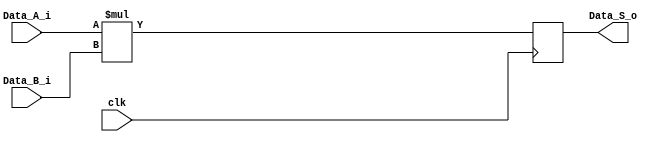
module multiplier
    # (parameter W = 32/*,level=5*/) (//level=log2(W)
    input wire clk,
    input wire [W-1:0] Data_A_i,
    input wire [W-1:0] Data_B_i,
    output wire [2*W-1:0] Data_S_o
    );
    
    //reg [W-1:0] aint,bint;
    reg [2*W-1:0] pdt_int;/*[level-1:0];*/
    //integer i;
    
    assign Data_S_o=pdt_int;//[level-1];
    
    always@(posedge clk)
    begin
        //aint<=Data_A_i;
        //bint<=Data_B_i;
        pdt_int<= Data_A_i*Data_B_i;
        //for (i=1;i<level;i=i+1)
            //pdt_int[i]<=pdt_int[i-1];
    end
    
endmodule